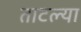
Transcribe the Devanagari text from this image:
ताटल्या